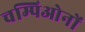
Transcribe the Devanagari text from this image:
चम्पिओनों